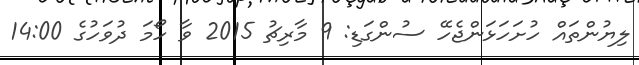
ލިޔުންތައް ހުށަހަޅަންޖެހޭ ސުންގަޑި: 9 މާރިޗު 2015 ވާ ހޯމަ ދުވަހުގެ 14:00